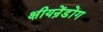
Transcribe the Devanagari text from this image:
क्षीयन्रेंडोंग